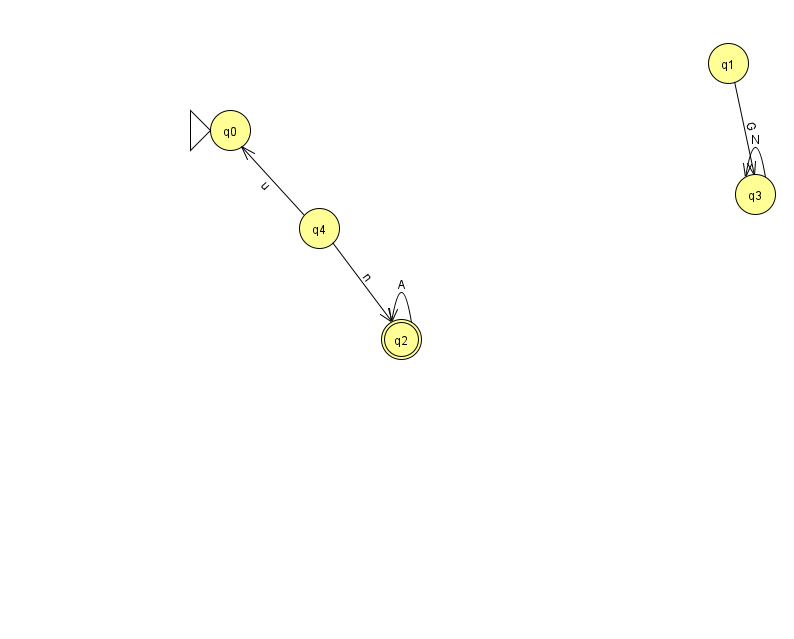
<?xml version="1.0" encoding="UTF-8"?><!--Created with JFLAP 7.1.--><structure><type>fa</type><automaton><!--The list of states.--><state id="0" name="q0"><x>230.0</x><y>117.0</y><initial/></state><state id="1" name="q1"><x>728.0</x><y>50.0</y></state><state id="2" name="q2"><x>401.0</x><y>326.0</y><final/></state><state id="3" name="q3"><x>755.0</x><y>181.0</y></state><state id="4" name="q4"><x>319.0</x><y>215.0</y></state><!--The list of transitions.--><transition><from>2</from><to>2</to><read>A</read></transition><transition><from>4</from><to>0</to><read>u</read></transition><transition><from>4</from><to>2</to><read>n</read></transition><transition><from>1</from><to>3</to><read>G</read></transition><transition><from>3</from><to>3</to><read>N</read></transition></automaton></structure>